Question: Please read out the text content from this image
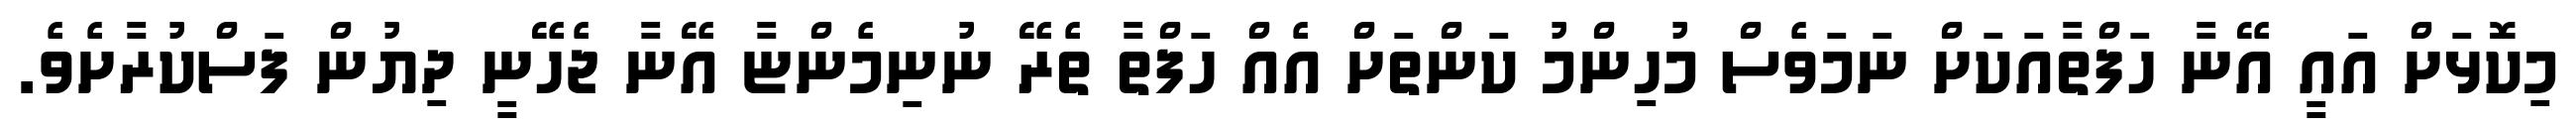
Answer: މިކޮޅަށް އައީ އޭނާ ހަފްތާއަކަށް ނަމަވެސް މުހިންމު ކަންތަށް އެއް ހަފްތާ ތެރޭ ނުނިމެންޏާ އޭނާ ޖެހޭނީ ދިޔުން ފަސްކުރާށެވެ.